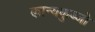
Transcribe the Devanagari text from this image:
कान्यकुब्जो